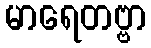
မာရေတဗ္ဗာ